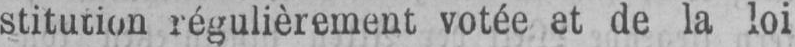
de la loi